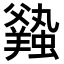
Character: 𧒦